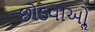
છોડવાઓૢ